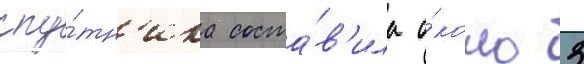
спу́тн'ика соста́в'ила о́коло 3